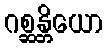
ဂစ္ဆန္တိယော